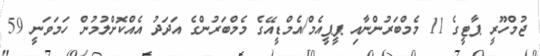
ޖުމްހޫރީ ޕާޓީގެ 11 މެމްބަރުންނާއި ޕީޕީއެމް/އެމްޑީއޭގެ މެމްބަރުންގެ އަދަދު އެއްކޮށްލުމުން ހަމަވަނީ 59